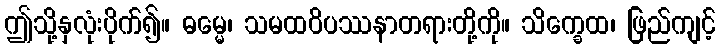
ဤသို့နှလုံးပိုက်၍။ ဓမ္မေ၊ သမထဝိပဿနာတရားတို့ကို။ သိက္ခေထ၊ ဖြည်ကျင့်